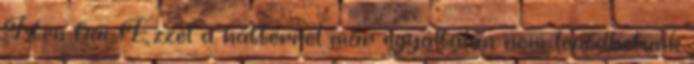
Isten fiai. Ezzel a háttérrel már egyáltalán nem lepődhetünk